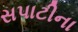
સપાટીના